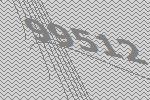
99512